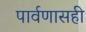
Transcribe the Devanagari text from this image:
पार्वणासही